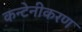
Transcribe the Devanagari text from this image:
कन्टेनीकरण